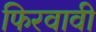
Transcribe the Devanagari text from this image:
फिरवावी